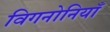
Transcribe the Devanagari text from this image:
विगनोनियाँ